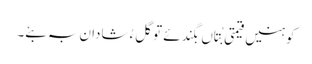
کوہنیں قیمتی بُتاں بگندئے تو گلءُ شادان بہ بئے۔